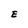
Character: E